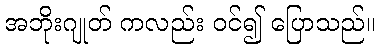
အဘိုးဂျုတ် ကလည်း ဝင်၍ ပြောသည်။